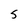
Character: 5